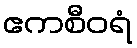
ဧကစီဝရံ